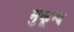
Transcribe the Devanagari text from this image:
मुकून्द